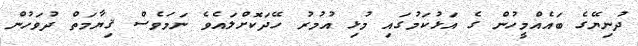
ދުނިޔޭގެ ބައެއްމީހުން ގެ އަޅުކަމުގައި މުޅި އުމުރު ހޭދަކޮށްލައެވެ ނަމަވެސް ޤިޔާމަތް ދުވަހުން